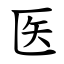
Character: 医